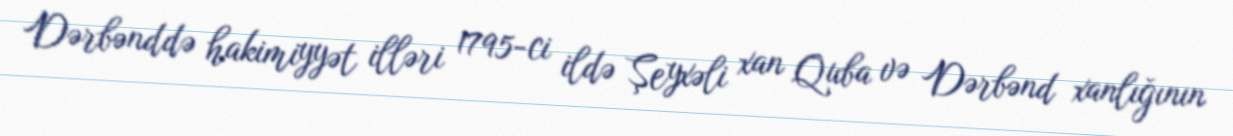
Dərbənddə hakimiyyət illəri 1795-ci ildə Şeyxəli xan Quba və Dərbənd xanlığının